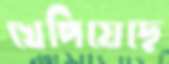
খেপিয়েছে